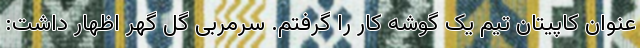
عنوان کاپیتان تیم یک گوشه کار را گرفتم. سرمربی گل گهر اظهار داشت: